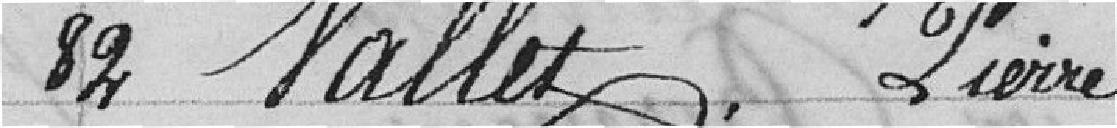
82 Vallet, Pierre